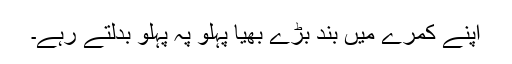
اپنے کمرے میں بند بڑے بھیا پہلو پہ پہلو بدلتے رہے۔